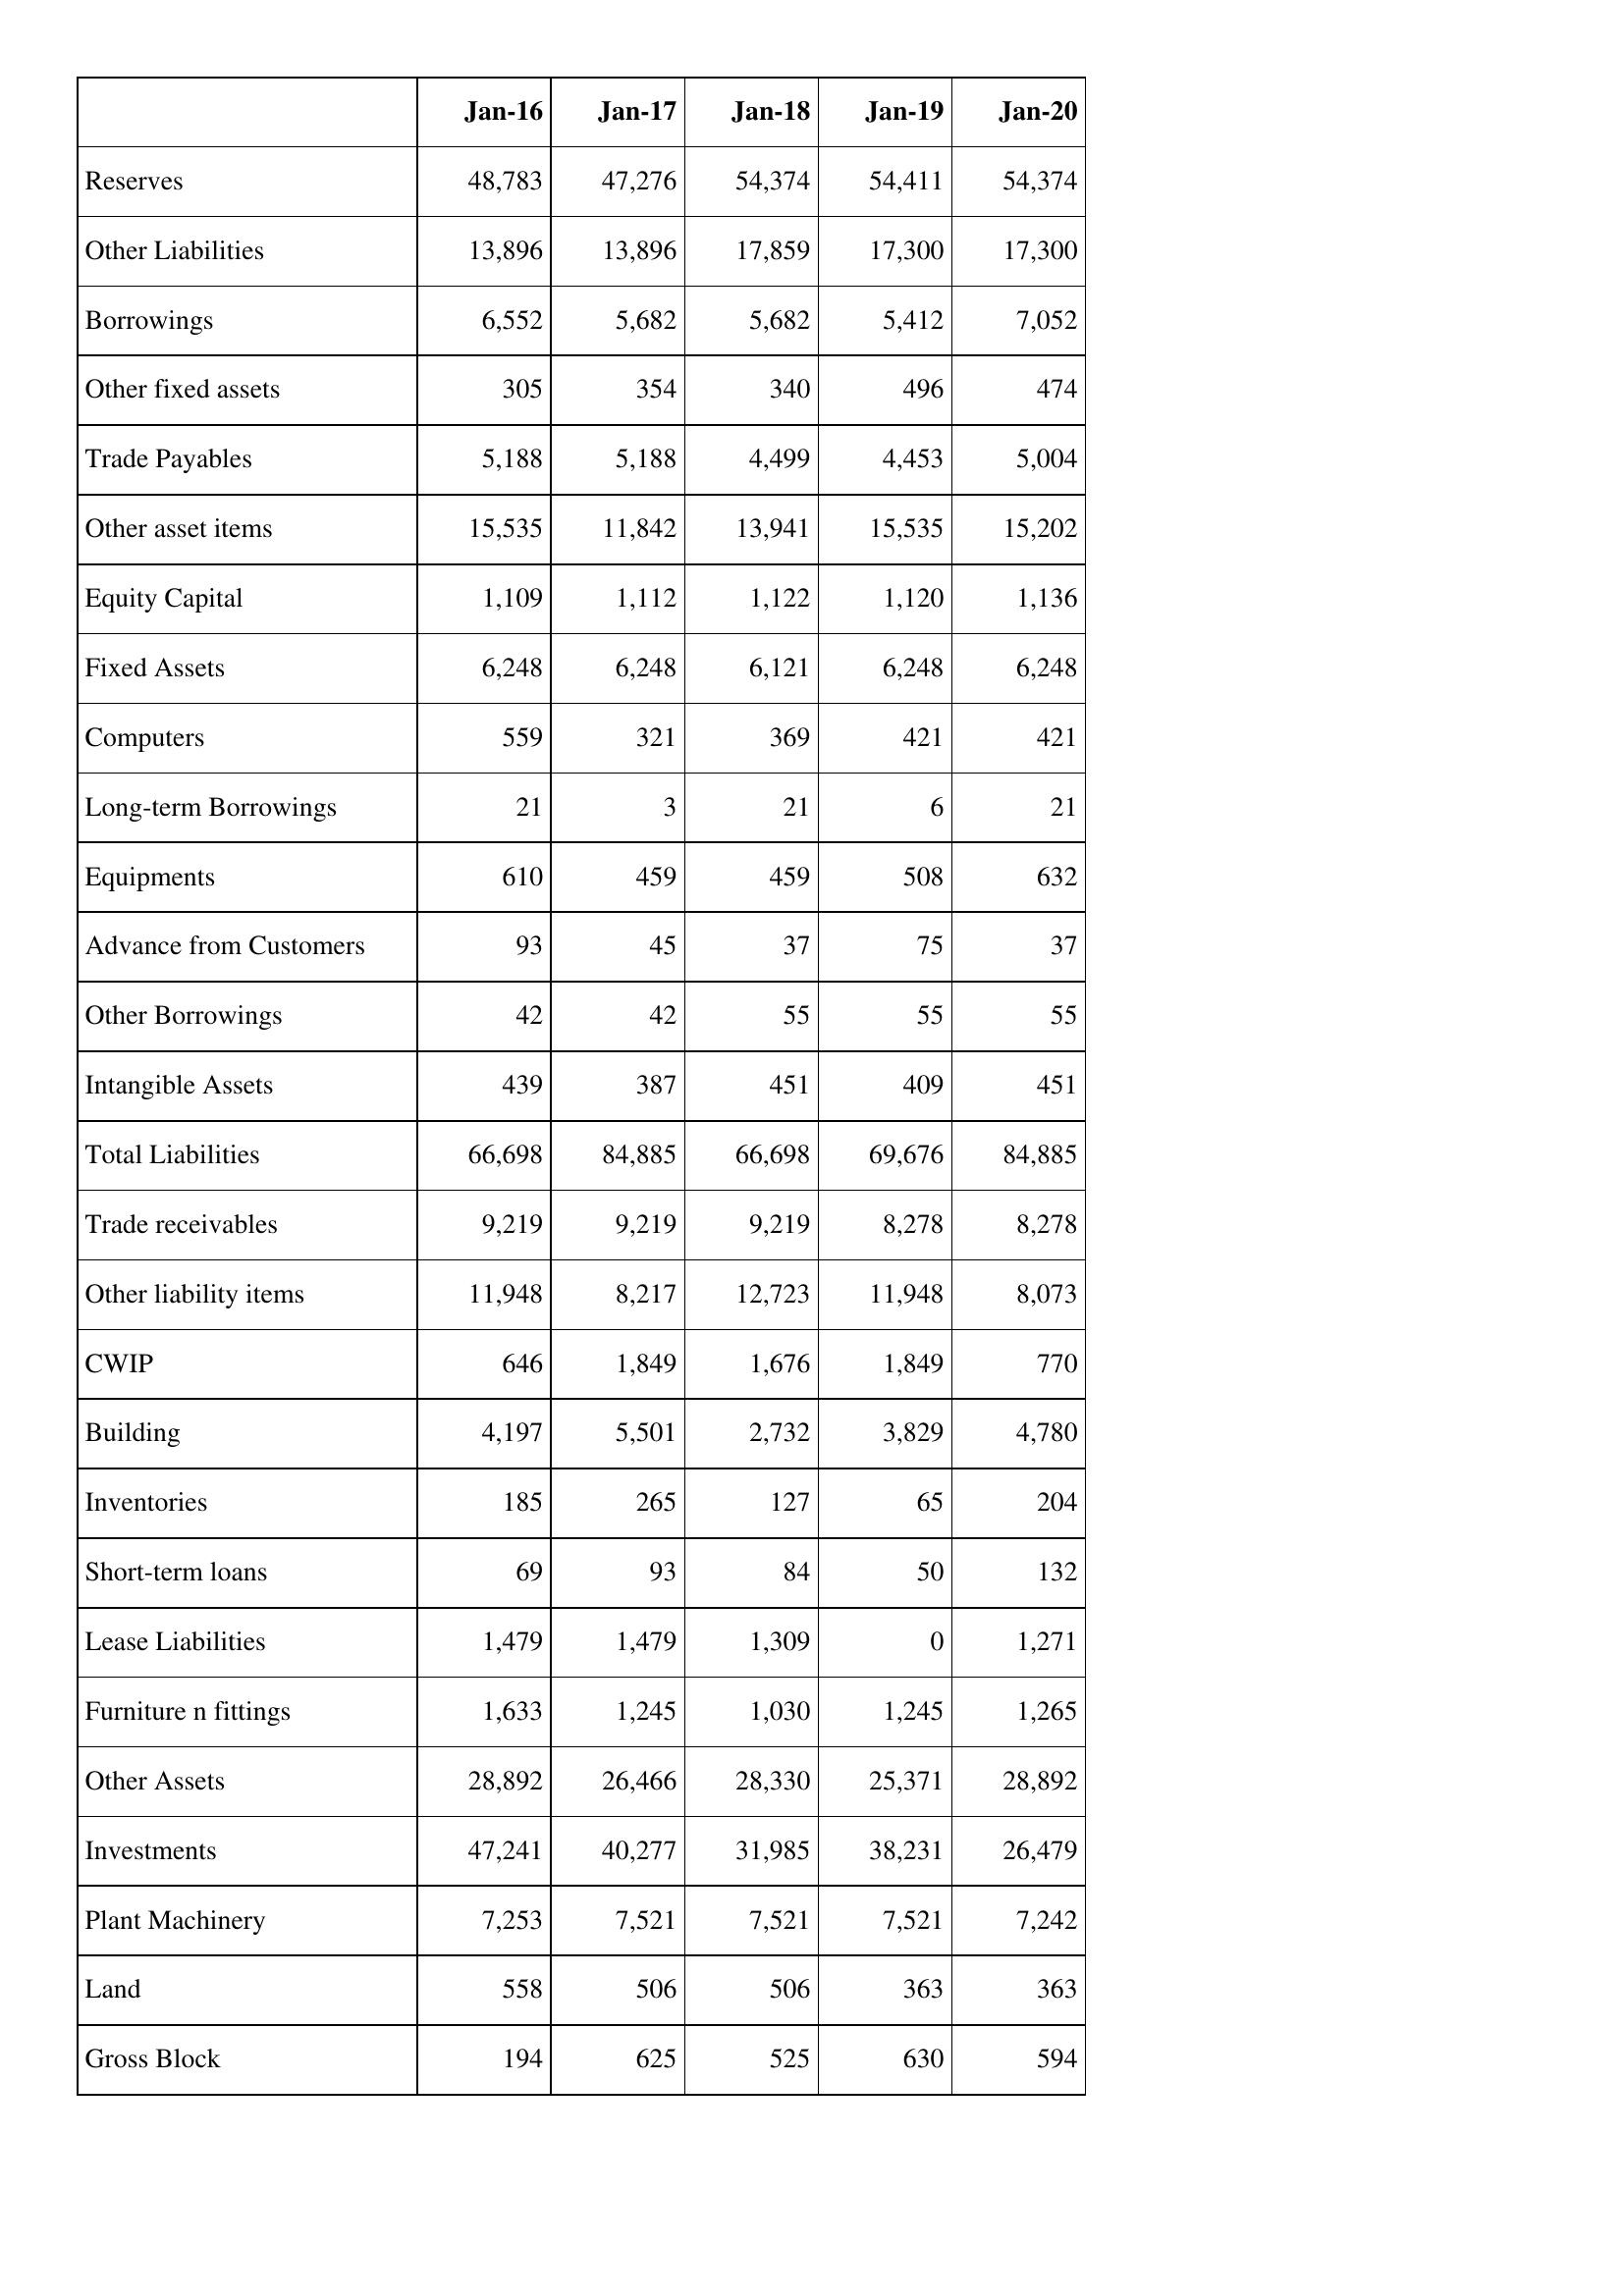
Jan-16: Balance Sheet: Reserves: 48,783
Other Liabilities: 13,896
Borrowings: 6,552
Other fixed assets: 305
Trade Payables: 5,188
Other asset items: 15,535
Equity Capital: 1,109
Fixed Assets: 6,248
Computers: 559
Long-term Borrowings: 21
Equipments: 610
Advance from Customers: 93
Other Borrowings: 42
Intangible Assets: 439
Total Liabilities: 66,698
Trade receivables: 9,219
Other liability items: 11,948
CWIP: 646
Building: 4,197
Inventories: 185
Short-term loans: 69
Lease Liabilities: 1,479
Furniture n fittings: 1,633
Other Assets: 28,892
Investments: 47,241
Plant Machinery: 7,253
Land: 558
Gross Block: 194
Jan-17: Balance Sheet: Reserves: 47,276
Other Liabilities: 13,896
Borrowings: 5,682
Other fixed assets: 354
Trade Payables: 5,188
Other asset items: 11,842
Equity Capital: 1,112
Fixed Assets: 6,248
Computers: 321
Long-term Borrowings: 3
Equipments: 459
Advance from Customers: 45
Other Borrowings: 42
Intangible Assets: 387
Total Liabilities: 84,885
Trade receivables: 9,219
Other liability items: 8,217
CWIP: 1,849
Building: 5,501
Inventories: 265
Short-term loans: 93
Lease Liabilities: 1,479
Furniture n fittings: 1,245
Other Assets: 26,466
Investments: 40,277
Plant Machinery: 7,521
Land: 506
Gross Block: 625
Jan-18: Balance Sheet: Reserves: 54,374
Other Liabilities: 17,859
Borrowings: 5,682
Other fixed assets: 340
Trade Payables: 4,499
Other asset items: 13,941
Equity Capital: 1,122
Fixed Assets: 6,121
Computers: 369
Long-term Borrowings: 21
Equipments: 459
Advance from Customers: 37
Other Borrowings: 55
Intangible Assets: 451
Total Liabilities: 66,698
Trade receivables: 9,219
Other liability items: 12,723
CWIP: 1,676
Building: 2,732
Inventories: 127
Short-term loans: 84
Lease Liabilities: 1,309
Furniture n fittings: 1,030
Other Assets: 28,330
Investments: 31,985
Plant Machinery: 7,521
Land: 506
Gross Block: 525
Jan-19: Balance Sheet: Reserves: 54,411
Other Liabilities: 17,300
Borrowings: 5,412
Other fixed assets: 496
Trade Payables: 4,453
Other asset items: 15,535
Equity Capital: 1,120
Fixed Assets: 6,248
Computers: 421
Long-term Borrowings: 6
Equipments: 508
Advance from Customers: 75
Other Borrowings: 55
Intangible Assets: 409
Total Liabilities: 69,676
Trade receivables: 8,278
Other liability items: 11,948
CWIP: 1,849
Building: 3,829
Inventories: 65
Short-term loans: 50
Lease Liabilities: 0
Furniture n fittings: 1,245
Other Assets: 25,371
Investments: 38,231
Plant Machinery: 7,521
Land: 363
Gross Block: 630
Jan-20: Balance Sheet: Reserves: 54,374
Other Liabilities: 17,300
Borrowings: 7,052
Other fixed assets: 474
Trade Payables: 5,004
Other asset items: 15,202
Equity Capital: 1,136
Fixed Assets: 6,248
Computers: 421
Long-term Borrowings: 21
Equipments: 632
Advance from Customers: 37
Other Borrowings: 55
Intangible Assets: 451
Total Liabilities: 84,885
Trade receivables: 8,278
Other liability items: 8,073
CWIP: 770
Building: 4,780
Inventories: 204
Short-term loans: 132
Lease Liabilities: 1,271
Furniture n fittings: 1,265
Other Assets: 28,892
Investments: 26,479
Plant Machinery: 7,242
Land: 363
Gross Block: 594